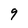
Character: 9